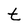
Character: t